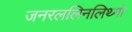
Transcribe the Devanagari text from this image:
जनरललिनलिथ्गो